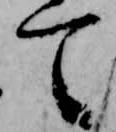
て